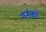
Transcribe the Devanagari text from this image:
गर्नको